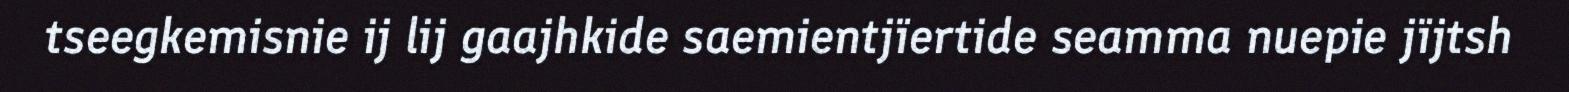
tseegkemisnie ij lij gaajhkide saemientjïertide seamma nuepie jïjtsh